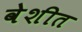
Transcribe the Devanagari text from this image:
वेशीत